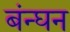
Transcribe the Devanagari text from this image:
बंन्घन